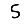
Digit: 5